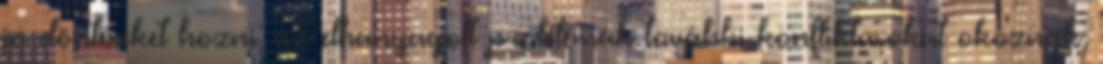
jó döntéseket hozni; az elhanyagolt problémák további konfliktusokat okoznak,